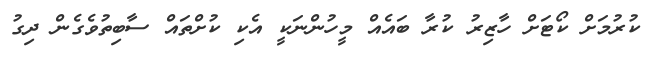
ކުރުމަށް ކޯޓަށް ހާޒިރު ކުރާ ބައެއް މީހުންނަކީ އެކި ކުށްތައް ސާބިތުވެގެން ދިގު